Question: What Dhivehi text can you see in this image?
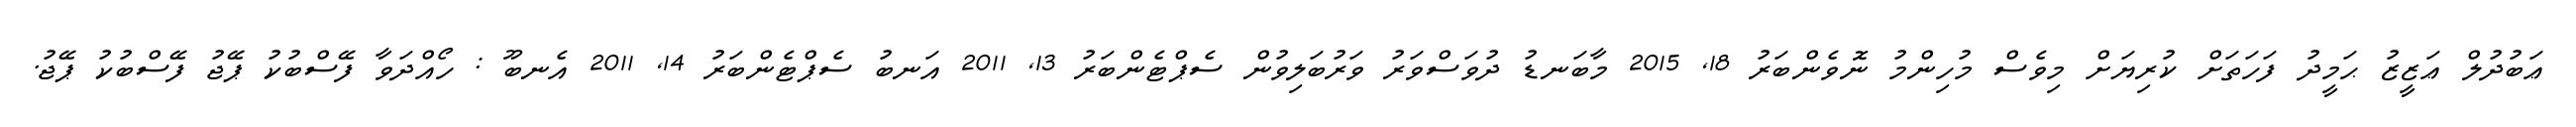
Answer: ޢަބުދުލް ޢަޒީޒު ޙަމީދު ފަހަތަށް ކުރިޔަށް މިވެސް މުހިންމު ނޮވެންބަރު 18, 2015 މާބަނޑު ދުވަސްވަރު ވަރުބަލިވުން ސެޕްޓެންބަރު 13, 2011 އަނބު ސެޕްޓެންބަރު 14, 2011 އެނބޫ : ހޯއްދަވާ ފޭސްބުކު ޕޭޖު ފޭސްބުކު ޕޭޖު.